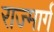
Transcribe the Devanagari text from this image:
राज्मार्ग